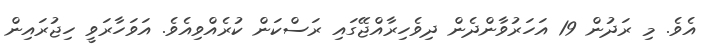
އެވެ. މި ރަދުން 19 އަހަރުވާންދެން ދިވެހިރާއްޖޭގައި ރަސްކަން ކުރެއްވިއެވެ. އަވަހާރަވީ ހިޖުރައިން